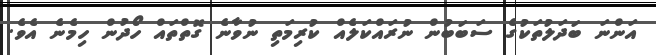
އަންނަ ބަދަލުތަކުގެ ސަބަބުން ނުރައްކަލެއް ކުރިމަތި ނުވާނެ ގޮތްތައް ހޯދުން ހިމެނެ އެވެ.